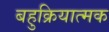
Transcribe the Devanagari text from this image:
बहुक्रियात्मक